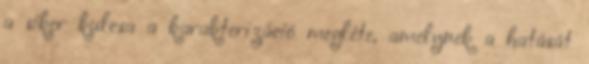
a siker kulcsa a karakterizáció megléte, amelynek a hatását